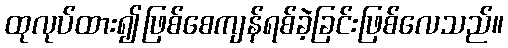
ထုလုပ်ထား၍ဖြစ်စေကျန်ရစ်ခဲ့ခြင်းဖြစ်လေသည်။